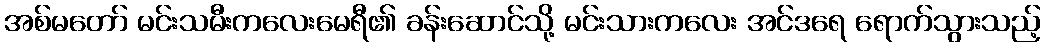
အစ်မတော် မင်းသမီးကလေးမေရီ၏ ခန်းဆောင်သို့ မင်းသားကလေး အင်ဒရေ ရောက်သွားသည့်